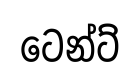
ටෙන්ට්